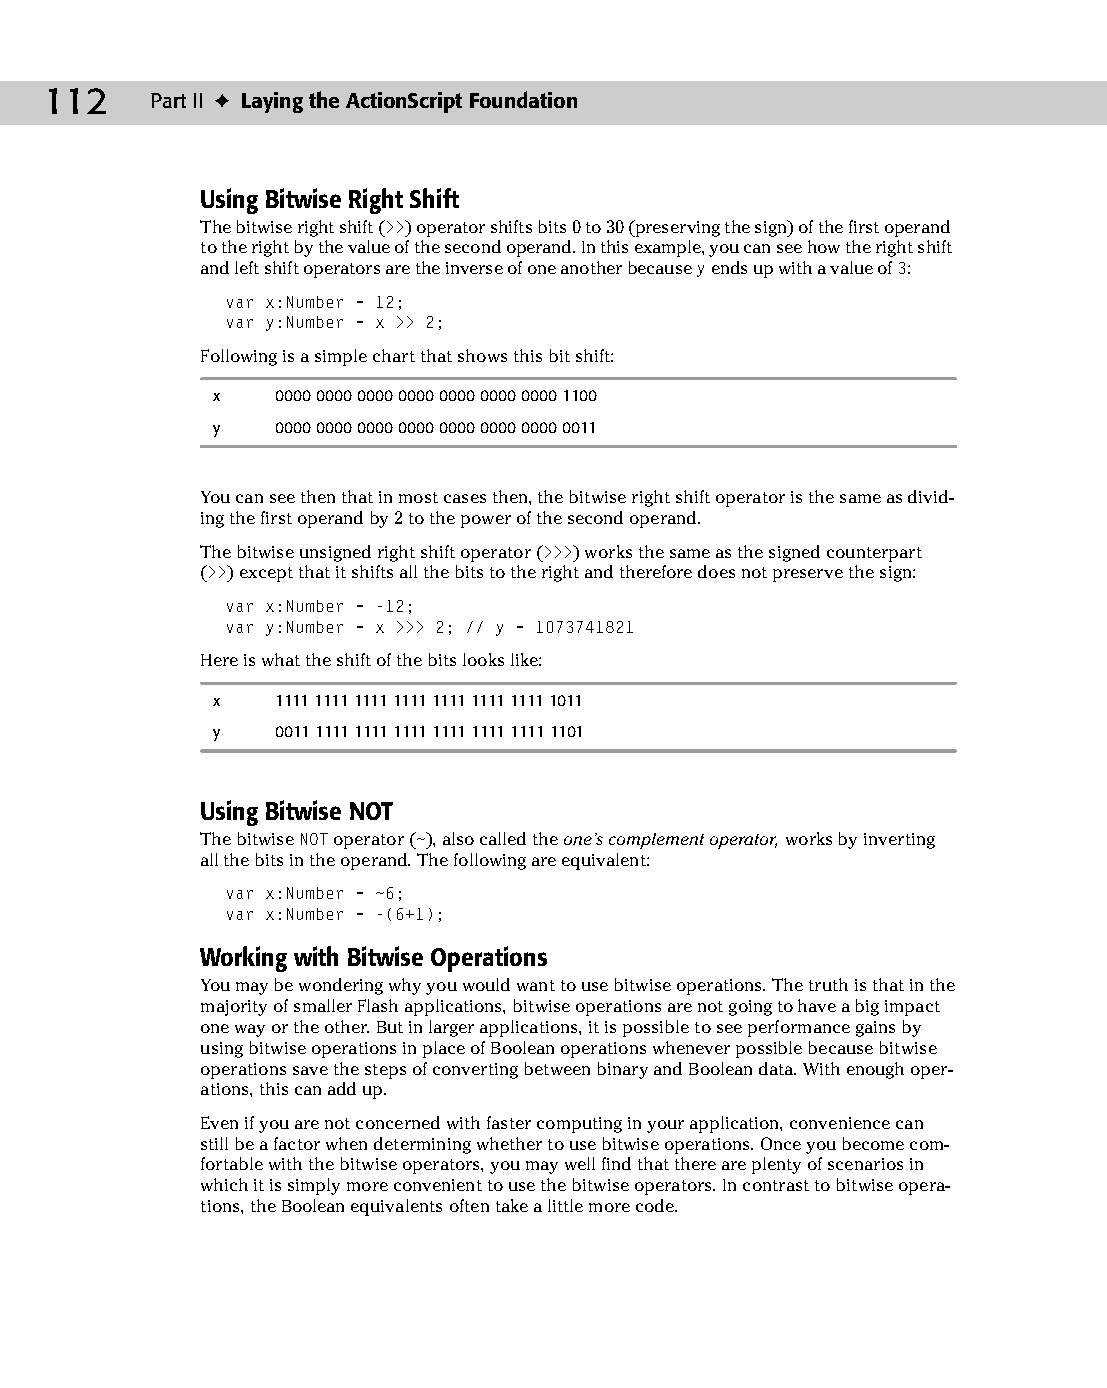
08 543547 ch05.qxd 3/24/04 3:50 PM Page 112
 112    Part II ✦ Laying the ActionScript Foundation
 Using Bitwise Right Shift
 The bitwise right shift (>>) operator shifts bits 0 to 30 (preserving the sign) of the first operand
 to the right by the value of the second operand. In this example, you can see how the right shift
 and left shift operators are the inverse of one another because y ends up with a value of 3:
 var x:Number = 12;
 var y:Number = x >> 2;
 Following is a simple chart that shows this bit shift:
 x   0000 0000 0000 0000 0000 0000 0000 1100
 y   0000 0000 0000 0000 0000 0000 0000 0011
 You can see then that in most cases then, the bitwise right shift operator is the same as divid­
 ing the first operand by 2 to the power of the second operand.
 The bitwise unsigned right shift operator (>>>) works the same as the signed counterpart
 (>>) except that it shifts all the bits to the right and therefore does not preserve the sign:
 var x:Number = -12;
 var y:Number = x >>> 2; // y = 1073741821
 Here is what the shift of the bits looks like:
 x   1111 1111 1111 1111 1111 1111 1111 1011
 y   0011 1111 1111 1111 1111 1111 1111 1101
 Using Bitwise NOT
 The bitwise NOT operator (~), also called the one’s complement operator, works by inverting
 all the bits in the operand. The following are equivalent:
 var x:Number = ~6;
 var x:Number = -(6+1);
 Working with Bitwise Operations
 You may be wondering why you would want to use bitwise operations. The truth is that in the
 majority of smaller Flash applications, bitwise operations are not going to have a big impact
 one way or the other. But in larger applications, it is possible to see performance gains by
 using bitwise operations in place of Boolean operations whenever possible because bitwise
 operations save the steps of converting between binary and Boolean data. With enough oper­
 ations, this can add up.
 Even if you are not concerned with faster computing in your application, convenience can
 still be a factor when determining whether to use bitwise operations. Once you become com­
 fortable with the bitwise operators, you may well find that there are plenty of scenarios in
 which it is simply more convenient to use the bitwise operators. In contrast to bitwise opera­
 tions, the Boolean equivalents often take a little more code.